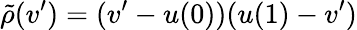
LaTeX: \tilde{\rho}(v^{\prime})=(v^{\prime}-u(0))(u(1)-v^{\prime})